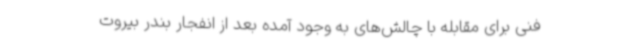
فنی برای مقابله با چالش‌های به وجود آمده بعد از انفجار بندر بیروت